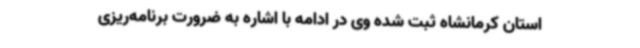
استان کرمانشاه ثبت شده وی در ادامه با اشاره به ضرورت برنامه‌ریزی